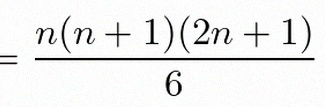
\sum_{i=1}^{n}i^2=\frac{n(n+1)(2n+1)}6